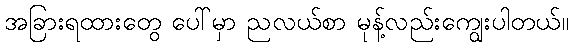
အခြားရထားတွေ ပေါ်မှာ ညလယ်စာ မုန့်လည်းကျွေးပါတယ်။